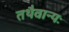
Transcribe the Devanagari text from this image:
तथैवान्यः